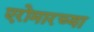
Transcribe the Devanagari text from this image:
एरोमारच्या